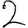
Digit: 2